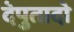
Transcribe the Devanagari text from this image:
देपुतादो